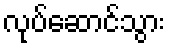
လုပ်ဆောင်သွား